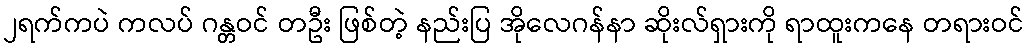
၂ရက်ကပဲ ကလပ် ဂန္တဝင် တဦး ဖြစ်တဲ့ နည်းပြ အိုလေဂန်နာ ဆိုးလ်ရှားကို ရာထူးကနေ တရားဝင်